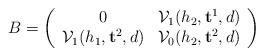
LaTeX: \begin{align*}B=\left (\begin{array}{cc} 0&\mathcal V_{1}(h_2, \mathbf t^1, d) \\\mathcal V_{1}(h_1, \mathbf t^2, d) & \mathcal V_{0}(h_2, \mathbf t^2, d) \end{array}\right)\end{align*}